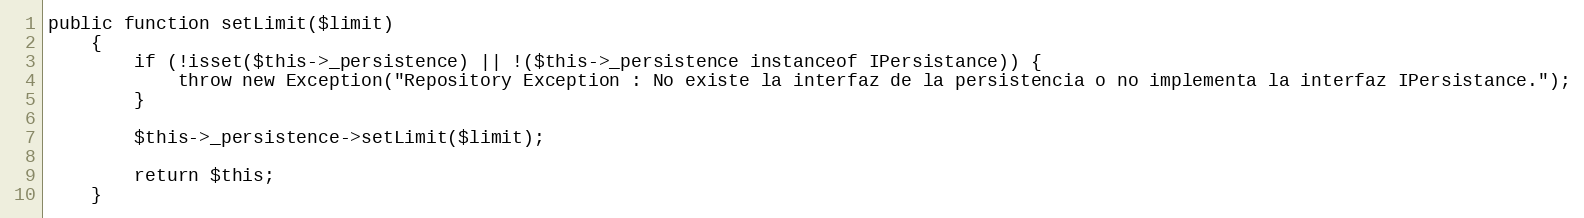
Language: PHP
public function setLimit($limit)
    {
        if (!isset($this->_persistence) || !($this->_persistence instanceof IPersistance)) {
            throw new Exception("Repository Exception : No existe la interfaz de la persistencia o no implementa la interfaz IPersistance.");
        }

        $this->_persistence->setLimit($limit);

        return $this;
    }